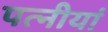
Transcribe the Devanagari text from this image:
पत्नीयां